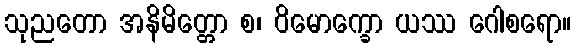
သုညတော အနိမိတ္တော စ၊ ဝိမောက္ခော ယဿ ဂေါစရော။